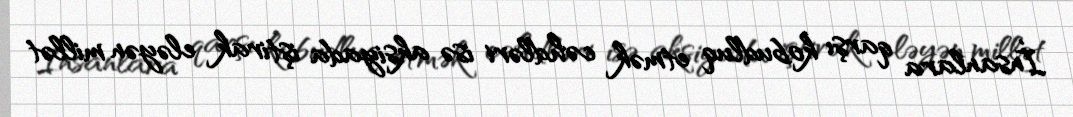
İnsanlara qarşı kobudluq etmək cəhdləri isə aksiyada iştirak eləyən millət